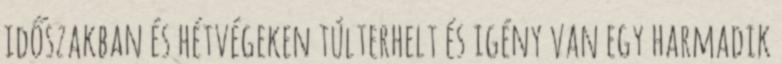
időszakban és hétvégeken túlterhelt és igény van egy harmadik